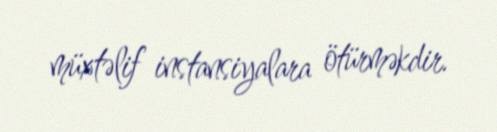
müxtəlif instansiyalara ötürməkdir.